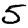
Digit: 5